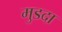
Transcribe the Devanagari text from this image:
मुडदा